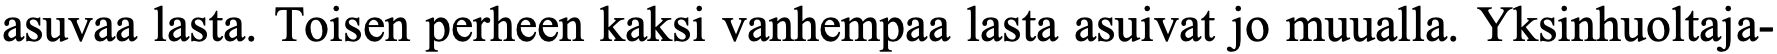
asuvaa lasta. Toisen perheen kaksi vanhempaa lasta asuivat jo muualla. Yksinhuoltaja-